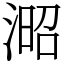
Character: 𣸬